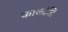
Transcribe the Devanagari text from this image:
काकोति